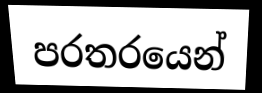
පරතරයෙන්